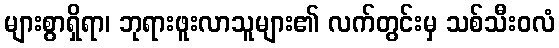
များစွာရှိရာ၊ ဘုရားဖူးလာသူများ၏ လက်တွင်းမှ သစ်သီးဝလံ